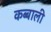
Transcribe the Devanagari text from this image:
कब्बाली